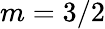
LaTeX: m=3/2